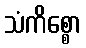
သံကိစ္စော